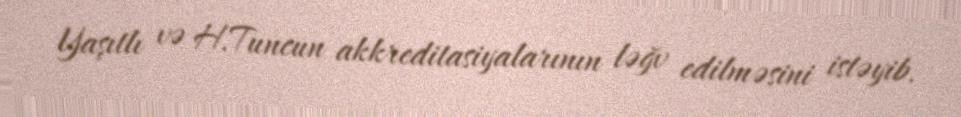
Yaşıtlı və H.Tuncun akkreditasiyalarının ləğv edilməsini istəyib.